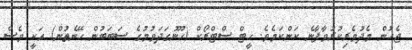
ޖެހުން މެދުވެރިކުރުވާފާނެ ކަންކަމެވެ. ހީޓް ސްޓްރޯކް (ހޫނުގަދަވުމުގެ ސަބަބުން ހޭނެތުން) އަކީ ވެސް